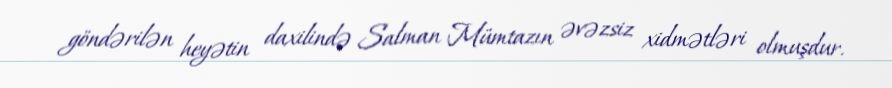
göndərilən heyətin daxilində Salman Mümtazın əvəzsiz xidmətləri olmuşdur.